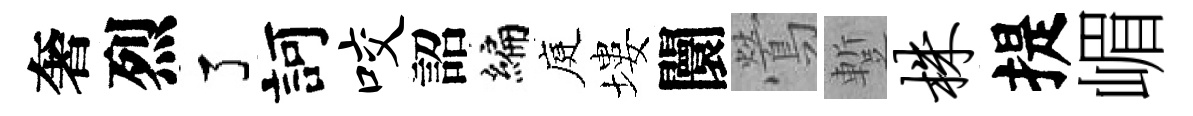
奢烈了訶咬詔编庭塿闤鶯蹔株提嵋